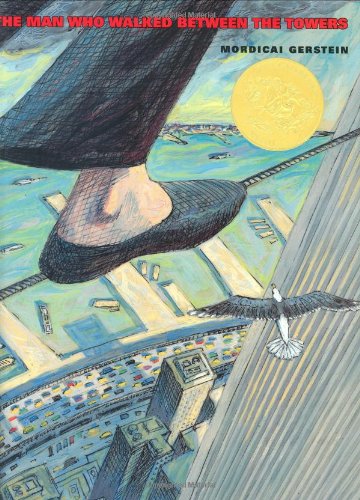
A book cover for The Man Who Walked Between the Towers (Caldecott Medal Book); Mordicai Gerstein; Children's Books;